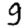
Digit: 9